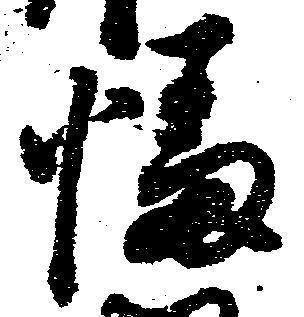
幡